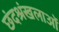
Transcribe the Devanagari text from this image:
छंदश्रंखलाओं